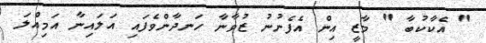
" އެކާކުބާ " މާޒީ އިން އެފެނުނު ޒުވާނާ ހަނދާންވެފައި އަލައިނާ އަމިއްލަ